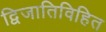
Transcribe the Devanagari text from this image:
द्विजातिविहित